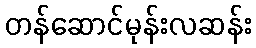
တန်ဆောင်မုန်းလဆန်း